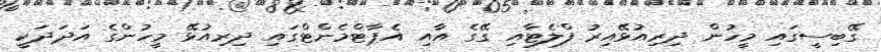
ގޭބިސީގައި މީހުން ދިރިއުޅޭއިރު ފްލެޓާއި ގޭގެ އާއި އެޕާޓްމެންޓްގައި ދިރިއުޅޭ މީހުންގެ އަދަދަކީ